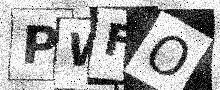
Text: PWFO